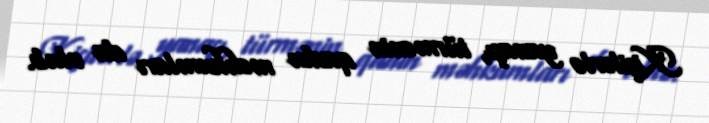
Kişilərlə yanaşı, türmənin qadın məhkumları da olub.